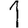
Digit: 1